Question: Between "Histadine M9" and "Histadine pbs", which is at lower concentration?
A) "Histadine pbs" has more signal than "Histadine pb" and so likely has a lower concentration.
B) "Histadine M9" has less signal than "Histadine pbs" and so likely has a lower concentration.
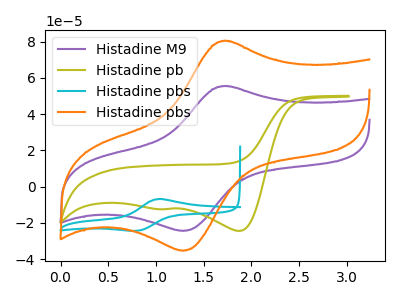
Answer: <think>The purple curve "Histadine M9" has an anodic peak at (1.75V, 55.40uA) and a cathodic peak at (1.30V, -24.35uA). The olive curve "Histadine pb" has cathodic peaks at (1.85V, -24.35uA) (1.10V, -12.40uA). The cyan curve "Histadine pbs" has an anodic peak at (1.00V, -6.80uA) and a cathodic peak at (0.80V, -24.25uA). The orange curve "Histadine pbs" has an anodic peak at (1.75V, 80.30uA) and a cathodic peak at (1.30V, -35.30uA).
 All the peaks in "Histadine M9" have a peak in "Histadine pbs" at the same potential. Every peak in "Histadine M9" is lower than every peak in "Histadine pbs".</think>
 <answer>B) "Histadine M9" has less signal than "Histadine pbs" and so likely has a lower concentration.</answer>
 <eval>B</eval>